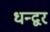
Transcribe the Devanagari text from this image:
धन्द्वर